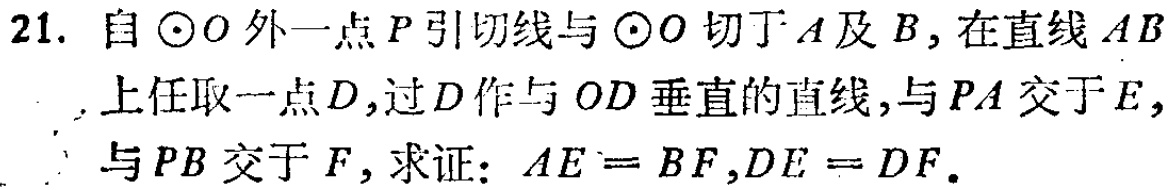
21. 自\(\odot O\)外一点\(P\)引切线与\(\odot O\)切于\(A\)及\(B\)，在直线\(AB\)上任取一点\(D\)，过\(D\)作与\(OD\)垂直的直线，与\(PA\)交于\(E\)，与\(PB\)交于\(F\)，求证：\(AE = BF\)，\(DE = DF\)。